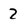
Character: 2